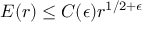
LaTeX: E ( r ) \leq C ( \epsilon ) r ^ { 1 / 2 + \epsilon }